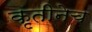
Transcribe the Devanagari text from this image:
कृतीनेच